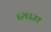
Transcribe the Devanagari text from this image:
६२६६४१